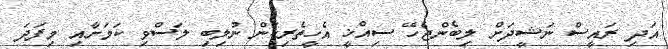
އަދި ރައީސް ނަޝީދަށް ލިބެންޖެހޭ ސިއްޚީ އެހީތެރިކަން ނުލިބި ލަސްވި ކަމަށާއި މިފަދަ